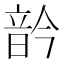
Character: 䪩